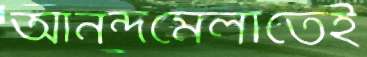
আনন্দমেলাতেই